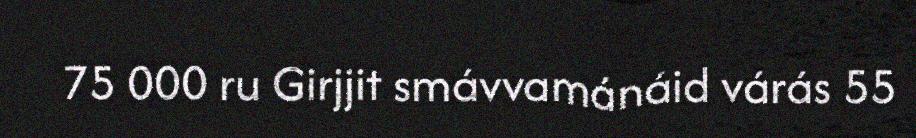
75 000 ru Girjjit smávvamánáid várás 55